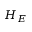
H _ { E }